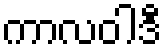
ကာလဝါဒီ